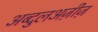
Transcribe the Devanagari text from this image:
अब्दुलअज़ीज़